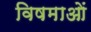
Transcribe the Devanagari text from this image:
विषमाओं